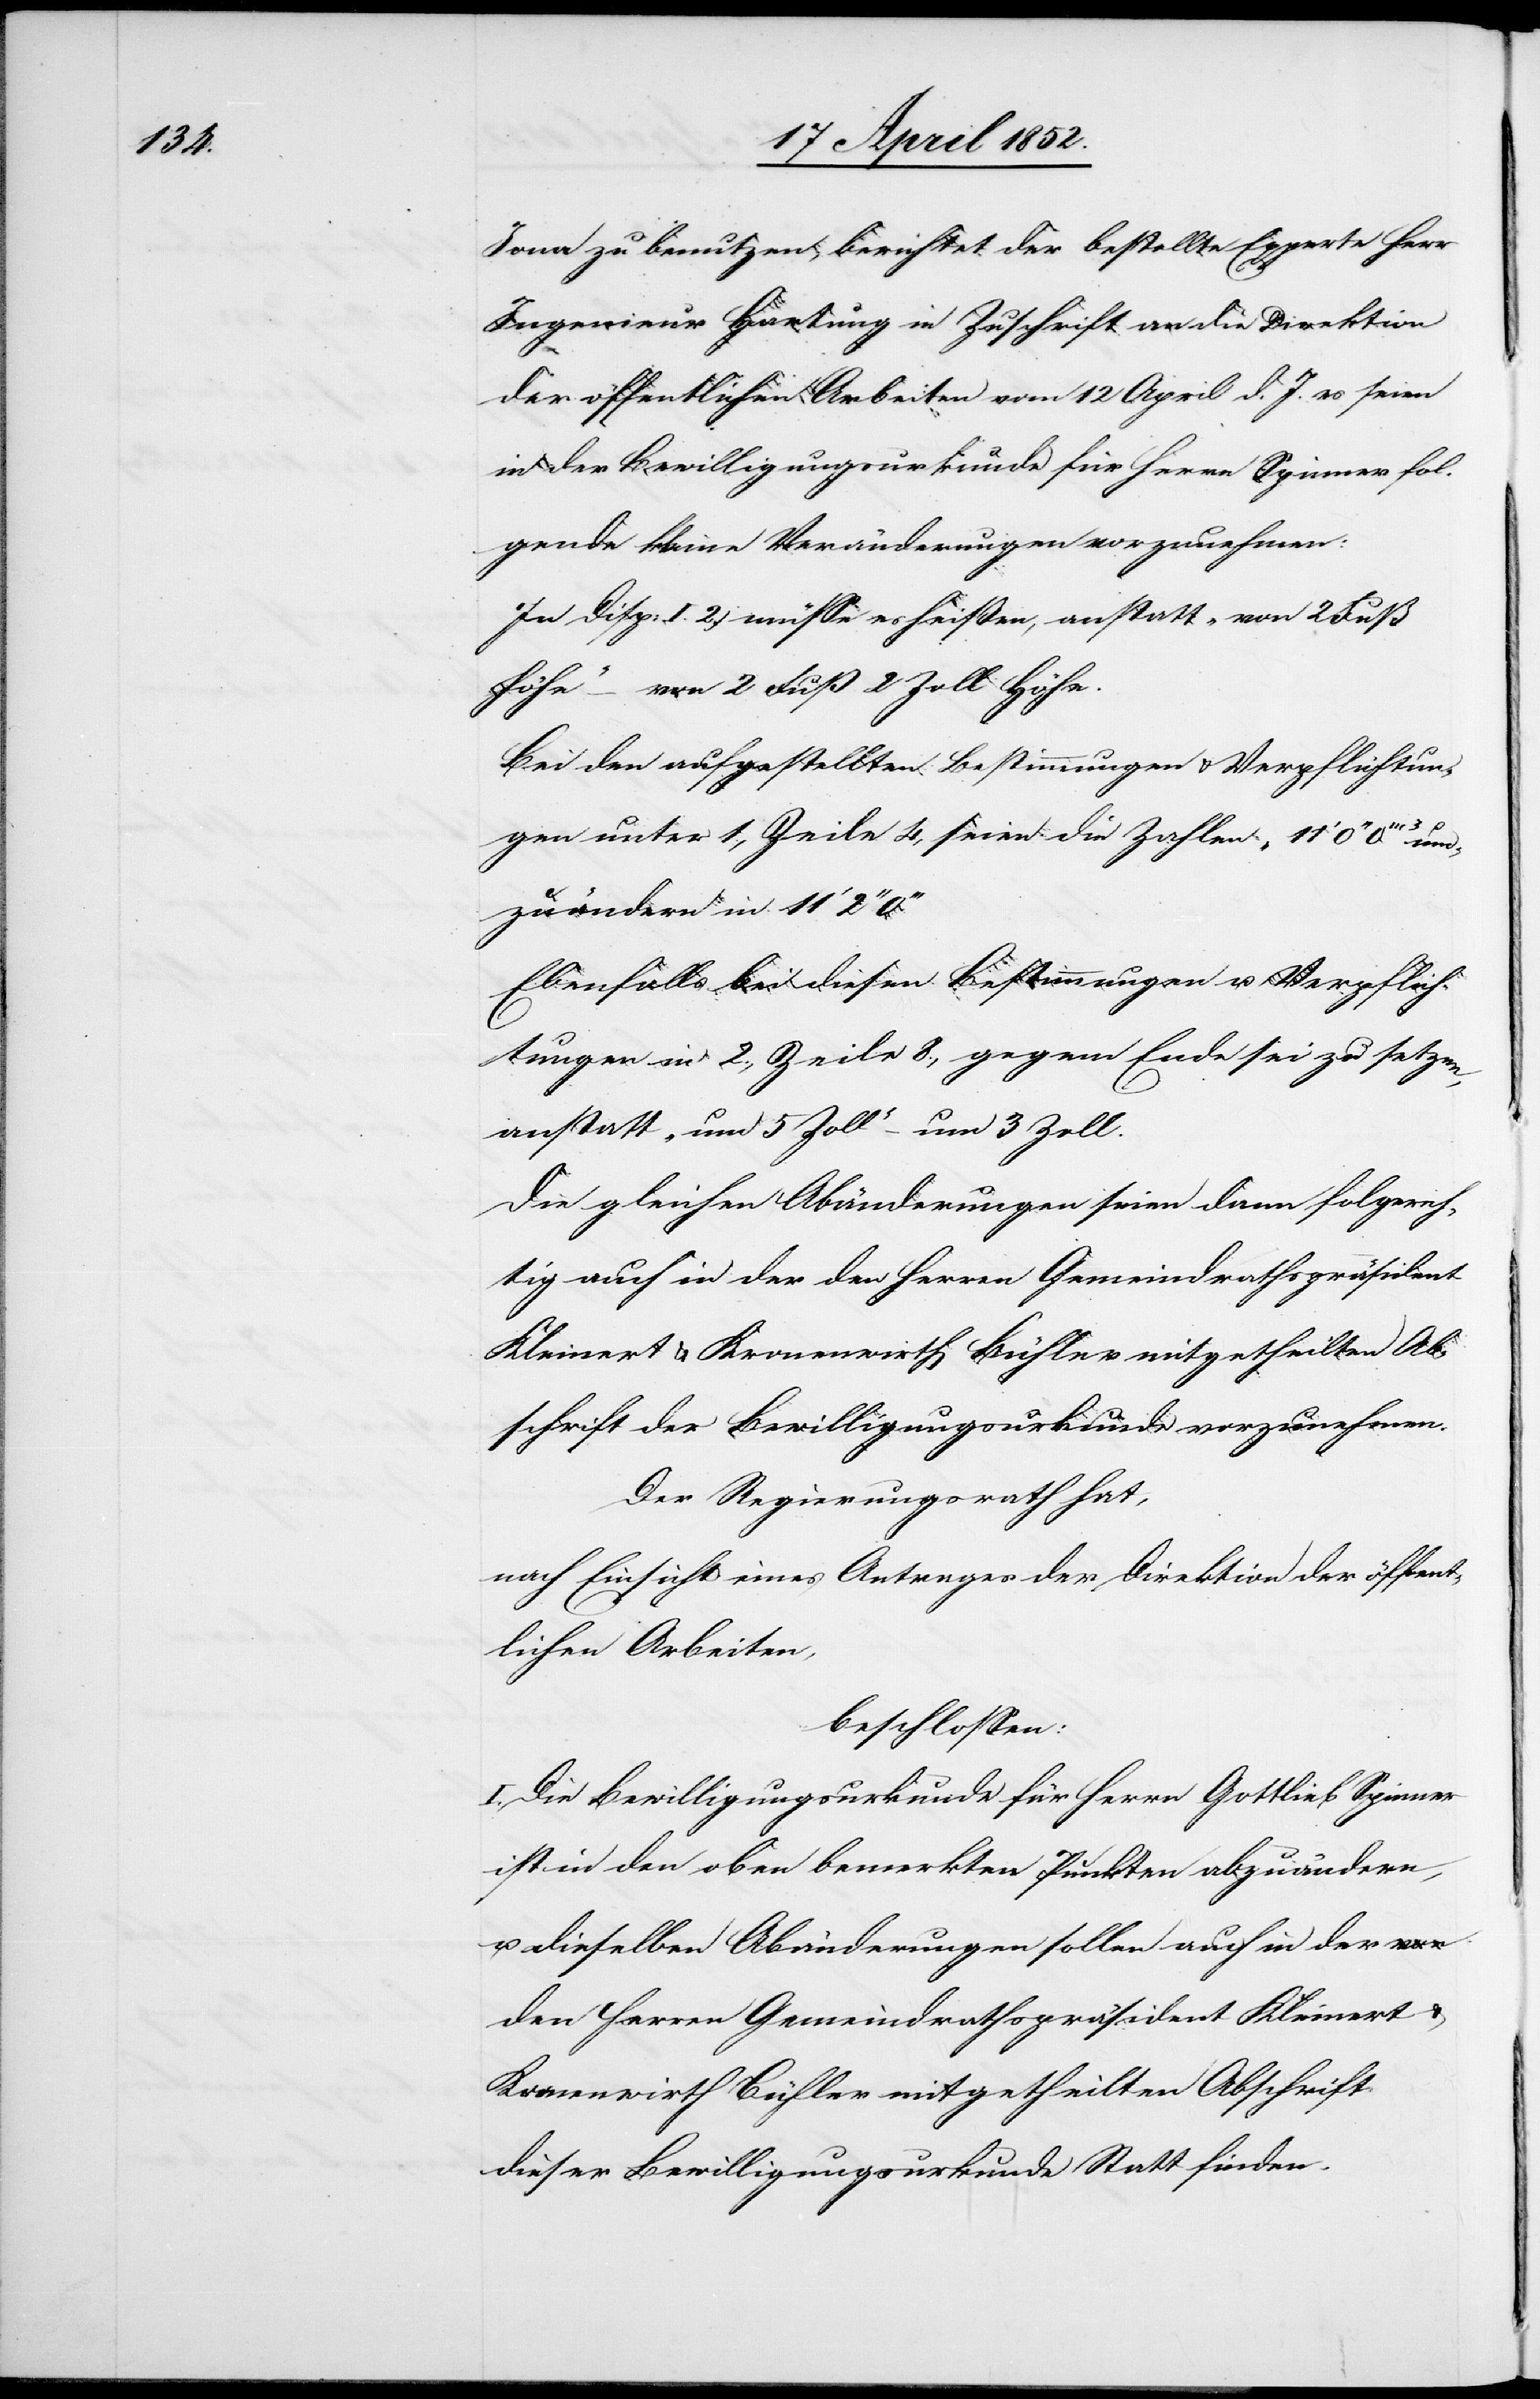
Jona zu benutzen, berichtet der bestellte Experte Herr
Ingenieur Hartung in Zuschrift an die Direktion
der öffentlichen Arbeiten vom 12 April d. J. es seien
in der Bewilligungsurkunde für Herrn Spinner fol¬
gende kleine Veränderungen vorzunehmen:
In Disp. I. 2.) müsse es heißen, anstatt „von 2 Fuß
Höhe“ – von 2 Fuß 2 Zoll Höhe.
Bei den aufgestellten Bestimmungen & Verpflichtun¬
gen unter 1, Zeile 4, seien die Zahlen „11‘ 0‘‘
umzuändern in 11‘ 2‘‘
Ebenfalls bei diesen Bestimmungen u. Verpflich¬
tungen in 2., Zeile 8., gegen Ende sei zu setzen,
anstatt „um 5 Zoll“ – um 3 Zoll.
Die gleichen Abänderungen seien dann folgerich¬
tig auch in der den Herren Gemeindrathspräsident
Kleinert & Kronenwirth Bühler mitgetheilten Ab¬
schrift der Bewilligungsurkunde vorzunehmen.
Der Regierungsrath hat,
nach Einsicht eines Antrages der Direktion der öffent¬
lichen Arbeiten,
beschlossen:
I. Die Bewilligungsurkunde für Herrn Gottlieb Spinner
ist in den oben bemerkten Punkten abzuändern,
u. dieselben Abänderungen sollen auch in der
den Herren Gemeindrathspräsident Kleinert &
Kronenwirth Bühler mitgetheilten Abschrift
dieser Bewilligungsurkunde Statt finden.